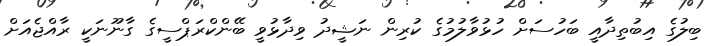
ބިލުގެ އިބުތިދާއީ ބަހުސަށް ހުޅުވާލުމުގެ ކުރިން ނަޝީދު ވިދާޅުވީ ބޭންކްރަޕްސީގެ ގާނޫނަކީ ރާއްޖެއަށް